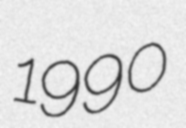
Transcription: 1990